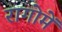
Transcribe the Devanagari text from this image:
रागोमें